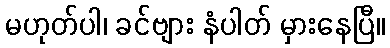
မဟုတ်ပါ၊ ခင်ဗျား နံပါတ် မှားနေပြီ။